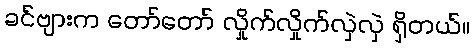
ခင်ဗျားက တော်တော် လှိုက်လှိုက်လှဲလှဲ ရှိတယ်။